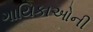
ગાયિકાઓની